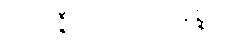
အလဇ္ဇီပရိဘောဂဝိနိစ္ဆယ။